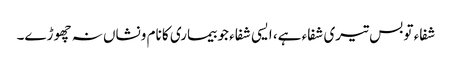
شفاء تو بس تیری شفاء ہے، ایسی شفاء جو بیماری کا نام ونشاں نہ چھوڑے۔